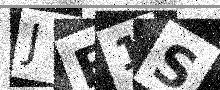
Text: JE1S